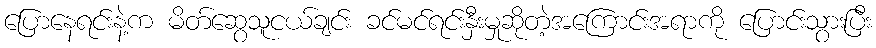
ပြောနေရင်းနဲ့က မိတ်ဆွေသူငယ်ချင်း ခင်မင်ရင်းနှီးမှုဆိုတဲ့အကြောင်းအရာကို ပြောင်းသွားပြီး